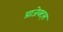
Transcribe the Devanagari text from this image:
प्राजेक्ट्स